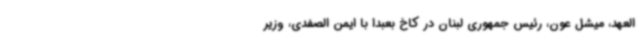
العهد، میشل عون، رئیس جمهوری لبنان در کاخ بعبدا با ایمن الصفدی، وزیر